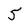
Character: 5